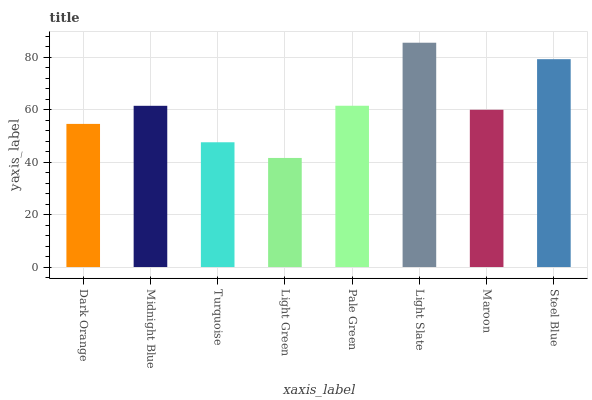
| xaxis_label | bars |
 | --- | --- |
 | Dark Orange | 54.6 |
 | Midnight Blue | 61.4 |
 | Turquoise | 47.6 |
 | Light Green | 41.6 |
 | Pale Green | 61.5 |
 | Light Slate | 85.5 |
 | Maroon | 59.9 |
 | Steel Blue | 79.2 |